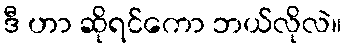
ဒီ ဟာ ဆိုရင်ကော ဘယ်လိုလဲ။